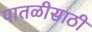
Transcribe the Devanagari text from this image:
पातळीसाठी